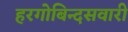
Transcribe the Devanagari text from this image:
हरगोबिन्दसवारी